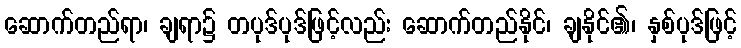
ဆောက်တည်ရာ၊ ချရာ၌ တပုဒ်ပုဒ်ဖြင့်လည်း ဆောက်တည်နိုင်၊ ချနိုင်၏၊ နှစ်ပုဒ်ဖြင့်